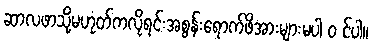
ဆာလဖာသို့မဟုတ်ကလိုရင်းအစွန်းရောက်ဖိအားများမပါ ၀ င်ပါ။